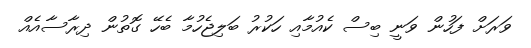
ވަރަށް ފަހުން ވަނީ ބިސް ކެއުމާއި ހަކުރު ބަލިޖެހުމާ ބެހޭ ގޮތުން ދިރާސާއެއް